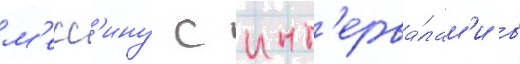
м'есс'ину с инт'ерва́лам'и в